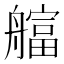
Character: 䒇